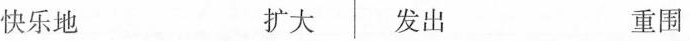
快乐地 扩大 发出 重围